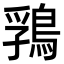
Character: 䳕